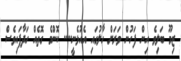
ޒިމޫ ބަލިވެ އިން ފަހުން ވަރަށް ހާލުގައި އެއުޅެނީ.... ކޮންމެ ގޮތެއް ހަދާފައިވެސް